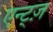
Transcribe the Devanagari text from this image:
एन्ट्ज़